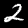
Digit: 2